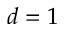
d = 1